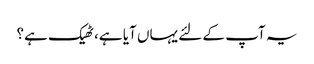
یہ آپ کے لئے یہاں آیا ہے، ٹھیک ہے؟